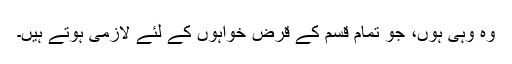
وُہ وُہی ہوں، جو تمام قسم کے قرض خواہوں کے لئے لازمی ہوتے ہیں۔